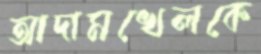
আদামখেলকে